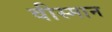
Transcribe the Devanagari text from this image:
वीस्मान